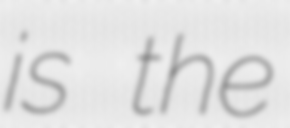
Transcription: is the